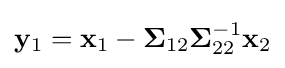
\mathbf {y} _{1}=\mathbf {x} _{1}-{\boldsymbol {\Sigma }}_{12}{\boldsymbol {\Sigma }}_{22}^{-1}\mathbf {x} _{2}